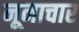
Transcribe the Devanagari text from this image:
नूनाचार